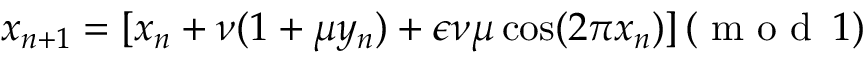
x _ { n + 1 } = [ x _ { n } + \nu ( 1 + \mu y _ { n } ) + \epsilon \nu \mu \cos ( 2 \pi x _ { n } ) ] \, ( { \textrm { m o d } } \, 1 )